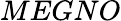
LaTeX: MEGNO